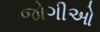
જોગીઓ